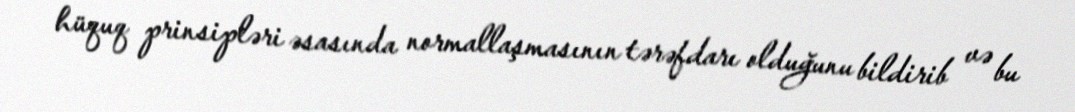
hüquq prinsipləri əsasında normallaşmasının tərəfdarı olduğunu bildirib və bu